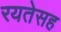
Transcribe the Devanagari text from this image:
रयतेसह